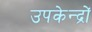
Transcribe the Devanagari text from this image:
उपकेन्द्रों